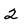
Character: 2